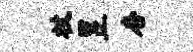
杖昱杏